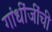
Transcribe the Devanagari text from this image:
गांधींजींची